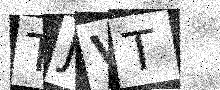
Text: TJVT